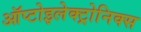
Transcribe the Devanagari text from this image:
ऑप्टोइलेक्ट्रोनिक्स